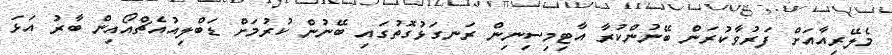
މެލޭރިއާއަށް ފަރުވާކުރަން ބޭނުންކުރާ އާޓިމިސިނިން ރަނގަޅުގޮތުގައި ބޭނުން ކުރުމަށް ޑަބްލިއުއެޗްއޯއިން ބާރު އަޅަ